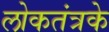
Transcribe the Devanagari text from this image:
लोकतंत्रके